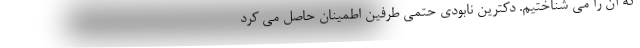
که آن را می شناختیم. دکترین نابودی حتمی طرفین اطمینان حاصل می کرد